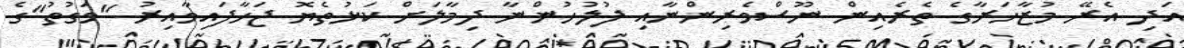
އަދި އެރޭ މުޒާހަރާގެ ތެރެއިން ނޫސްވެރިންނާއި ފުލުހުންނާ ދިމާލަށް ކަޅުތެޔޮ ޖަހާފައިވާއިރު "ވަގުތު"ގެ